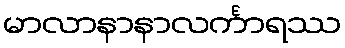
မာလာနာနာလင်္ကာရဿ